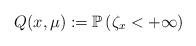
LaTeX: \begin{align*}Q(x,\mu):=\mathbb{P}\left(\zeta_x < + \infty \right)\end{align*}